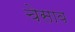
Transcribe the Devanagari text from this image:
चेसाव